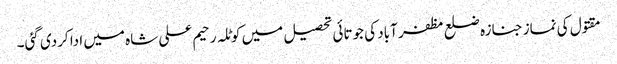
مقتول کی نماز جنازہ ضلع مظفر آباد کی جوتائی تحصیل میں کوٹلہ رحیم علی شاہ میں ادا کردی گئی۔